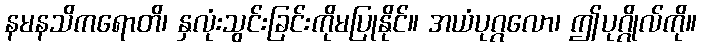
နမနသိကရောတိ၊ နှလုံးသွင်းခြင်းကိုမပြုနိုင်။ အယံပုဂ္ဂလော၊ ဤပုဂ္ဂိုလ်ကို။